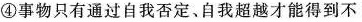
④事物只有通过自我否定、自我超越才能得到不